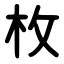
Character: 枚